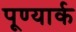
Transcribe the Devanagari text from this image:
पूण्यार्क